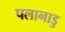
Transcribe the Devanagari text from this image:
पलानाडु